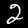
Digit: 2